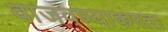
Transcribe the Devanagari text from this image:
वाजवण्याकरता